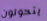
يتحولون